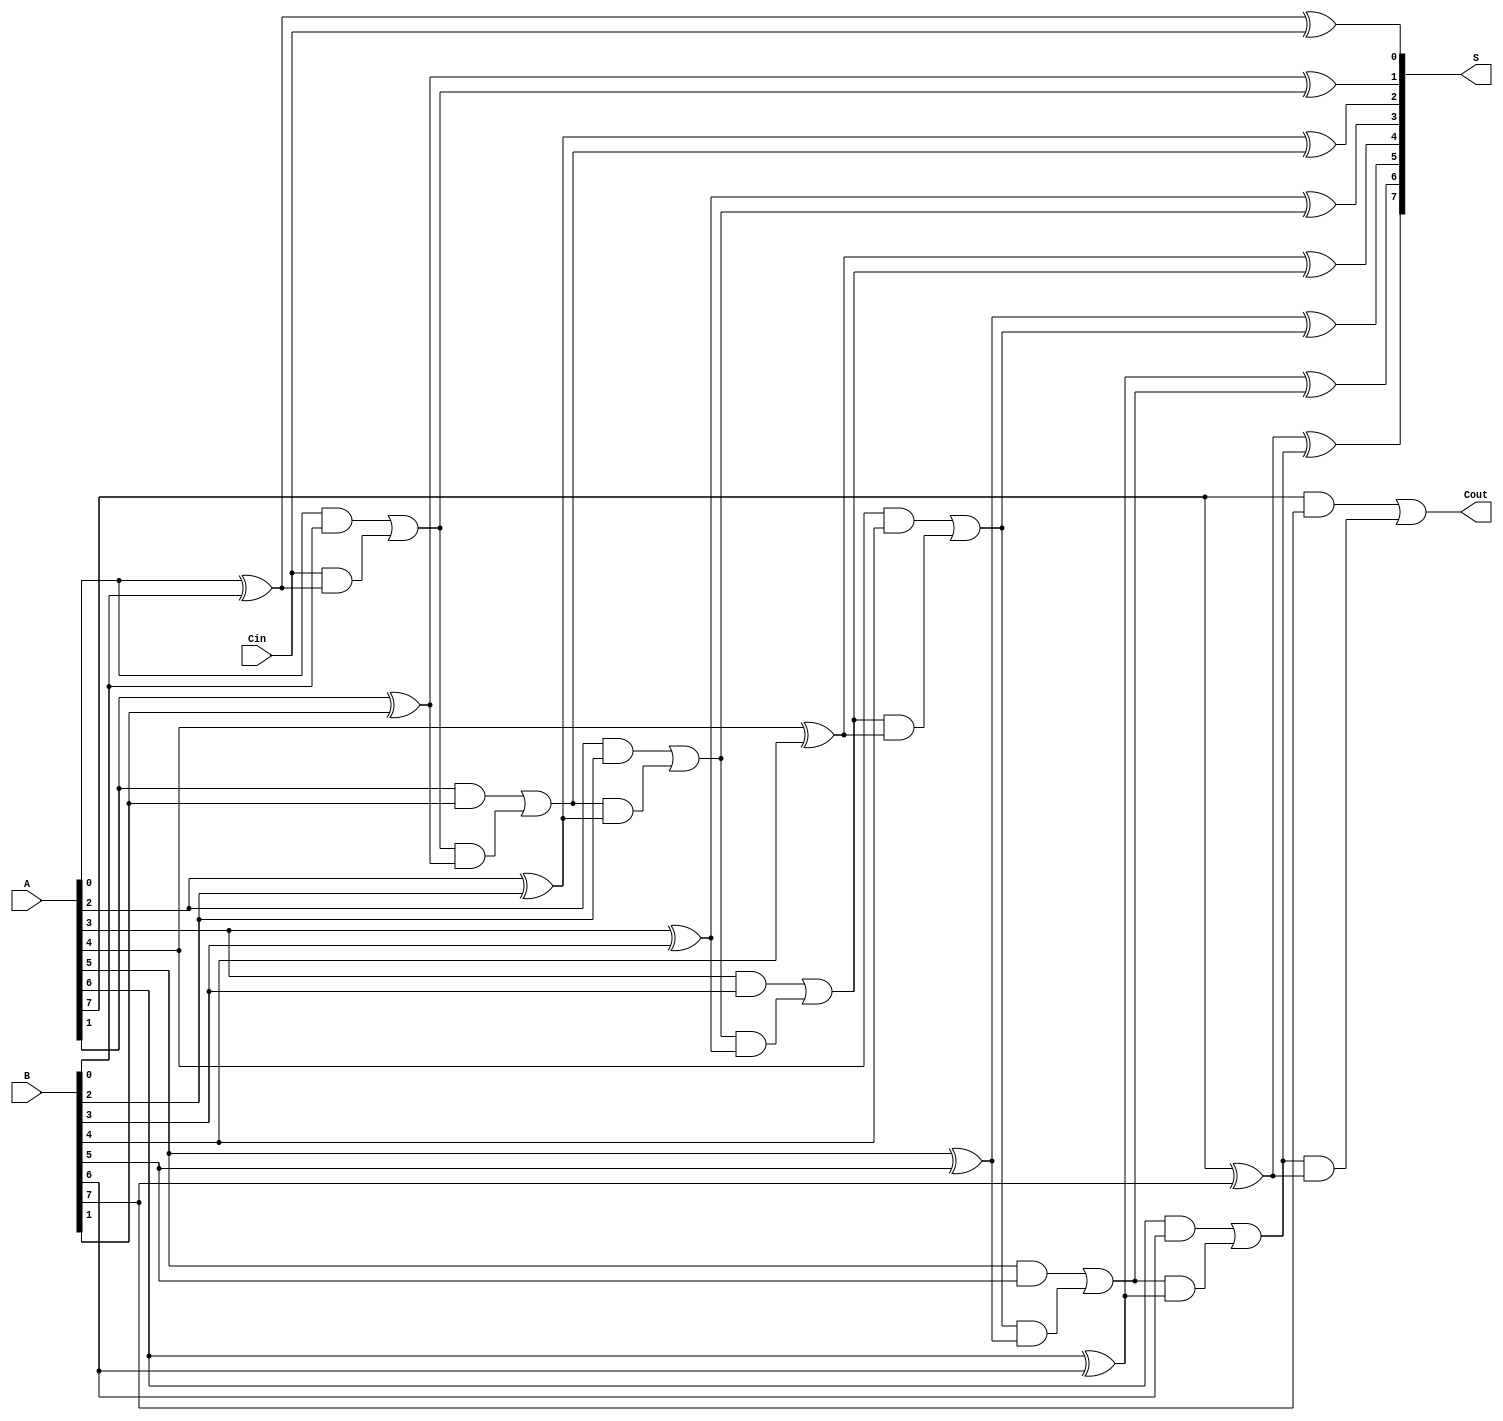
module ManchesterCarryChainAdder #(parameter N = 8) (
    input  wire [N-1:0] A,     // First n-bit input
    input  wire [N-1:0] B,     // Second n-bit input
    input  wire         Cin,    // Carry-in bit
    output wire [N-1:0] S,      // n-bit sum output
    output wire         Cout     // Carry-out bit
);

    wire [N:0] C; // Carry chain, C[0] is Cin, C[N] is Cout

    // Assign the initial carry-in
    assign C[0] = Cin;

    // Generate carry and sum for each bit
    genvar i;
    generate
        for (i = 0; i < N; i = i + 1) begin : carry_sum_gen
            // Carry generation logic
            assign C[i + 1] = (A[i] & B[i]) | (C[i] & (A[i] ^ B[i]));

            // Sum calculation logic
            assign S[i] = A[i] ^ B[i] ^ C[i];
        end
    endgenerate

    // Assign Cout as the last carry out
    assign Cout = C[N];

endmodule